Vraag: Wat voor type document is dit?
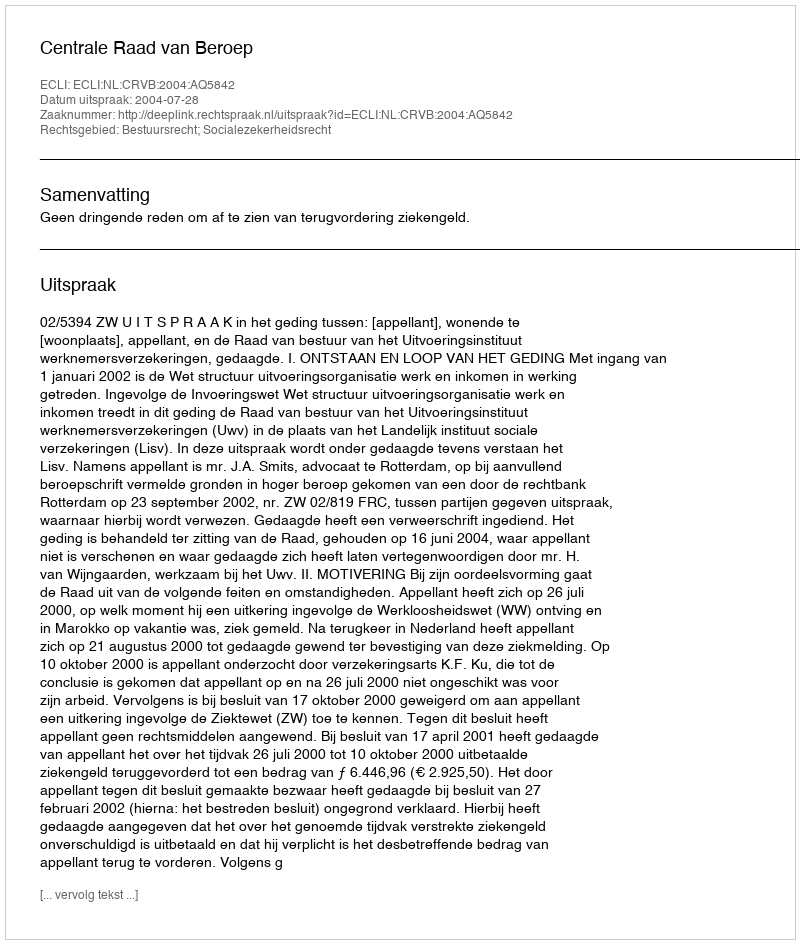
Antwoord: Uitspraak